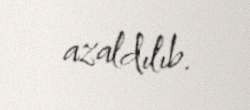
azaldılıb.